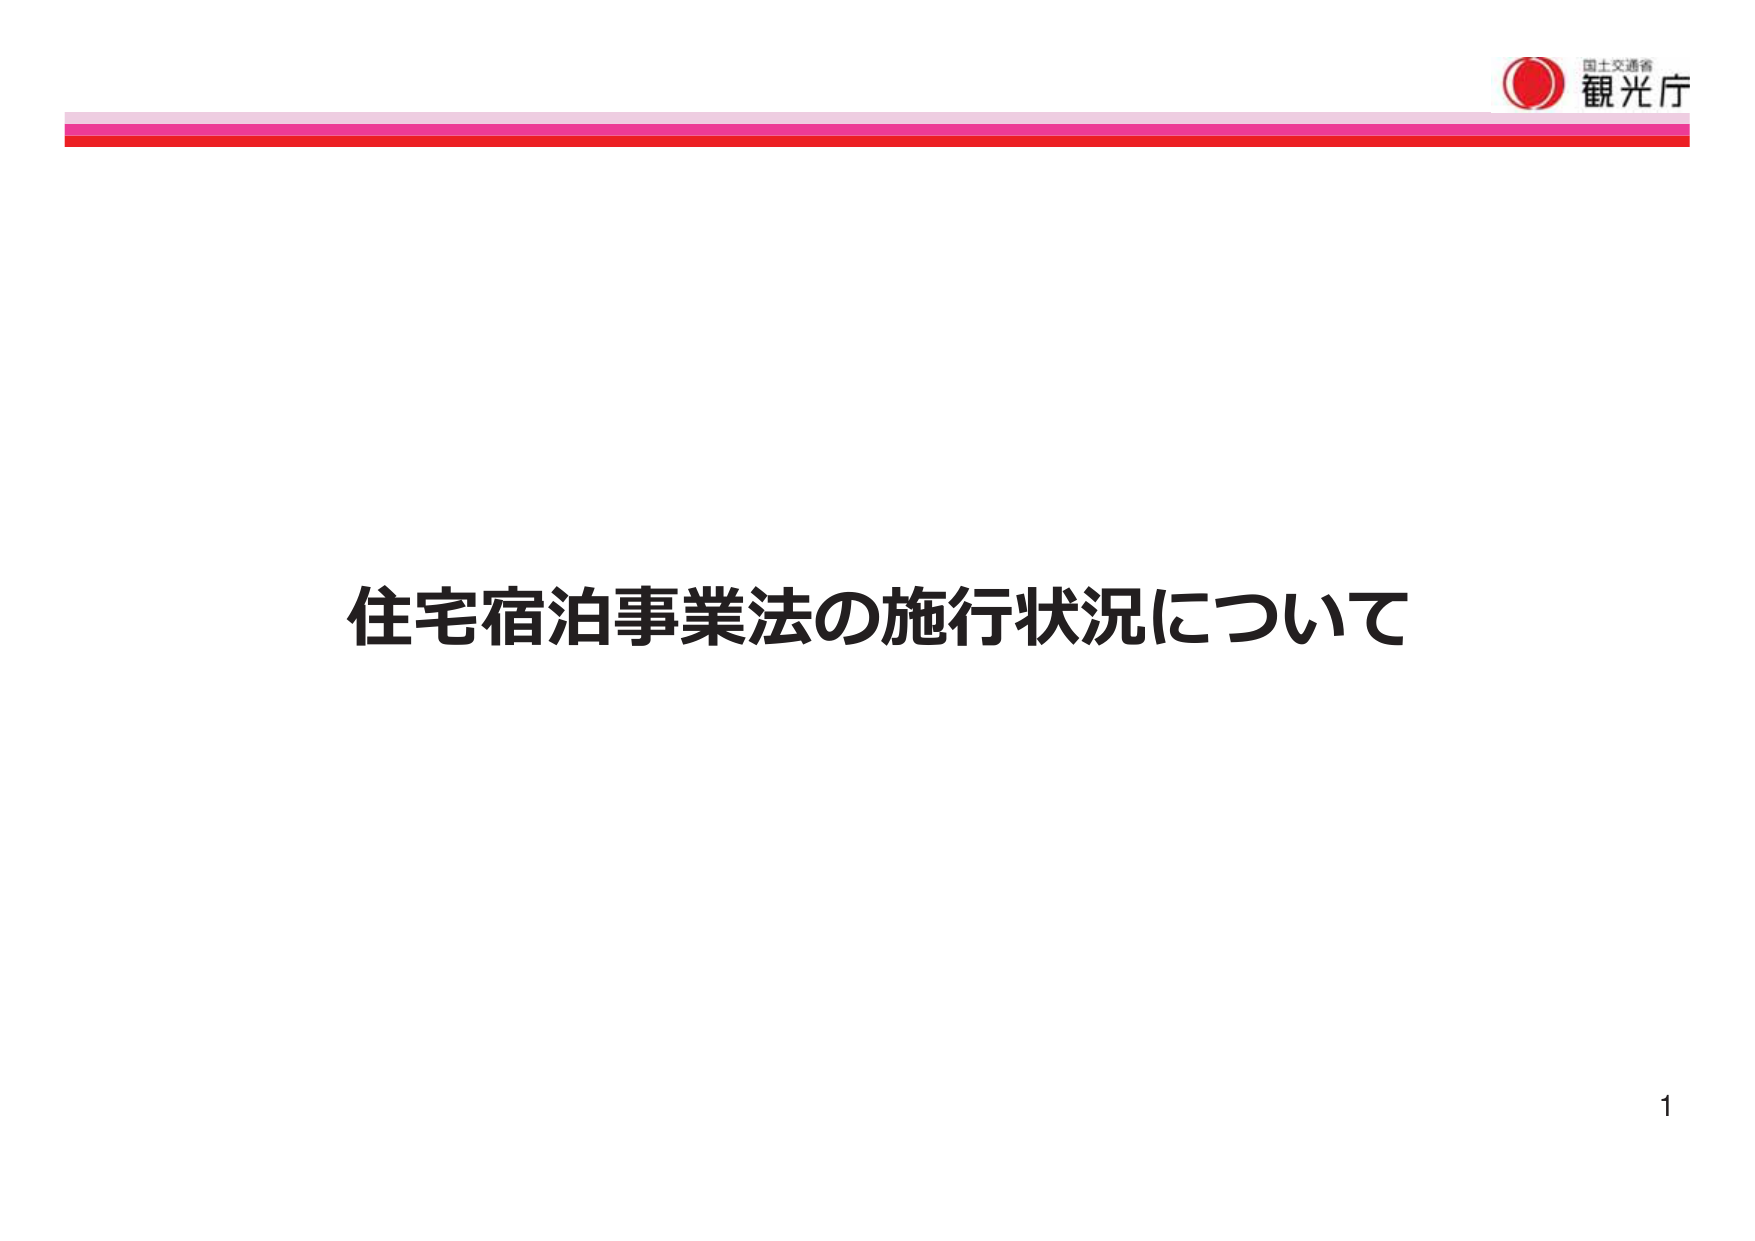
国士交通省
観光庁
住宅宿泊事業法の施行状況について
1